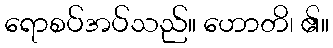
ရောစပ်အပ်သည်။ ဟောတိ၊ ၏။